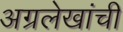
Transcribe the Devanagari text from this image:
अग्रलेखांची